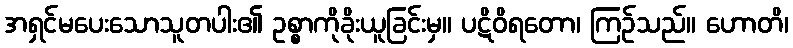
အရှင်မပေးသောသူတပါး၏ ဥစ္စာကိုခိုးယူခြင်းမှ။ ပဋိဝိရတော၊ ကြဉ်သည်။ ဟောတိ၊